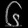
Digit: ၆